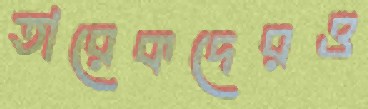
তারেকদেরও